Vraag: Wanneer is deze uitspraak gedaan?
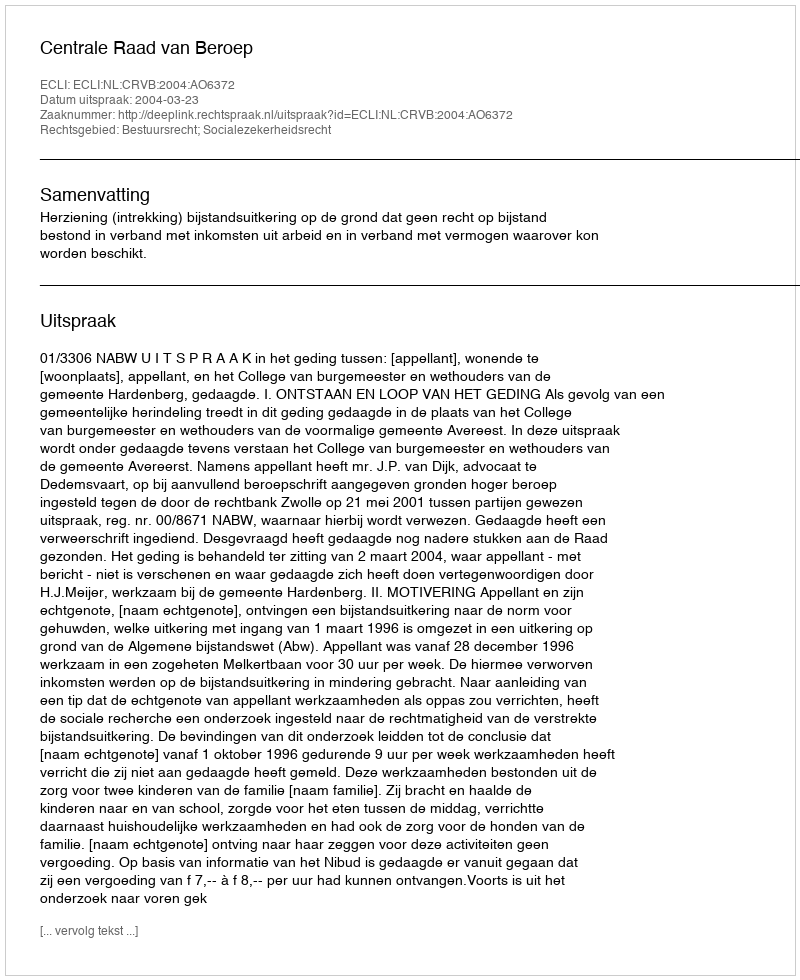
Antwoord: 2004-03-23